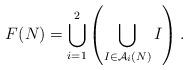
LaTeX: \begin{align*}F(N)=\bigcup_{i=1}^{2}\left(\bigcup_{I\in \mathcal{A}_i(N)}I\right).\end{align*}